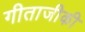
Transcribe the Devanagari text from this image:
गीताजीकी